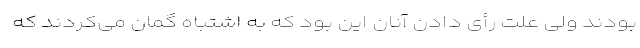
بودند ولی علت رأی دادن آنان این بود که به اشتباه گمان می‌کردند که